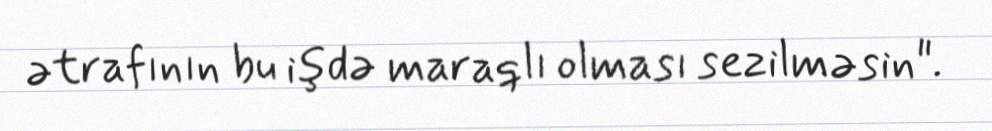
ətrafının bu işdə maraqlı olması sezilməsin".